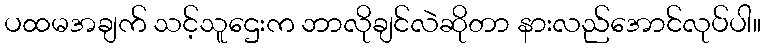
ပထမအချက် သင့်သူဌေးက ဘာလိုချင်လဲဆိုတာ နားလည်အောင်လုပ်ပါ။